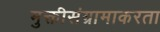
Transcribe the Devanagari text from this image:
मुक्तीसंग्रामाकरता